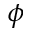
\phi